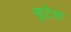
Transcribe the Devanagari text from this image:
लुटेया